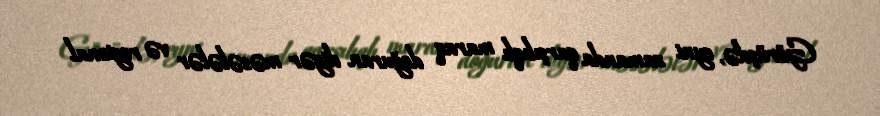
Görüşdə, eyni zamanda qarşılıqlı maraq doğuran digər məsələlər və regional